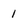
Character: I